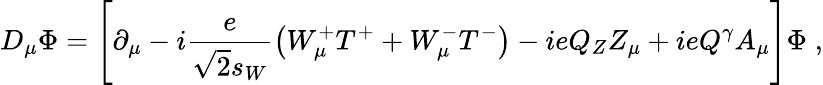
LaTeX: D_{\mu}\Phi=\left[\partial_{\mu}-i\frac{e}{\sqrt{2}s_{W}}\left(W_{\mu}^{+}T^{+}+W_{\mu}^{-}T^{-}\right)-ieQ_{Z}Z_{\mu}+ieQ^{\gamma}A_{\mu}\right]\Phi\; ,